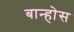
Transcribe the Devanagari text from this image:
बान्होस